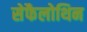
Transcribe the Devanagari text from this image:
सेफैलोथिन